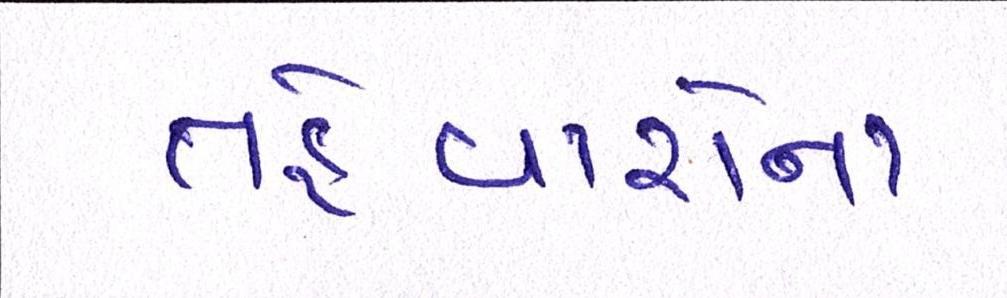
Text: તહેવારોના